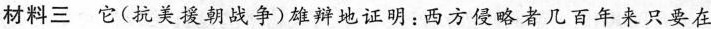
材料三它(抗美援朝战争)雄辩地证明：西方侵略者几百年来只要在